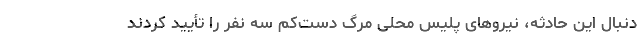
دنبال این حادثه، نیروهای پلیس محلی مرگ دست‌کم سه نفر را تأیید کردند